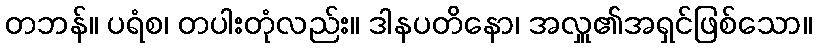
တဘန်။ ပရံစ၊ တပါးတုံလည်း။ ဒါနပတိနော၊ အလှူ၏အရှင်ဖြစ်သော။